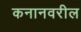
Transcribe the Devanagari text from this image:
कनानवरील